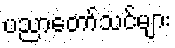
ပညာတော်သင်များ